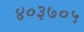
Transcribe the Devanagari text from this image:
४०३७०५